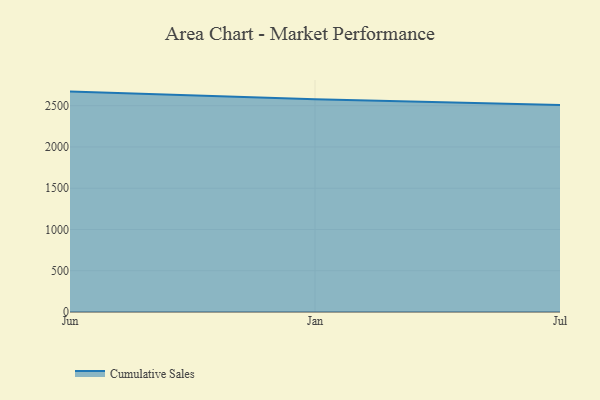
{"axis": {"x": "Month", "y": "Waste Production (Tons)"}, "legend": ["Cumulative Sales"], "data": [{"x": "Jun", "y": 2670.8, "type": "Cumulative Sales"}, {"x": "Jan", "y": 2577.3, "type": "Cumulative Sales"}, {"x": "Jul", "y": 2507.4, "type": "Cumulative Sales"}]}